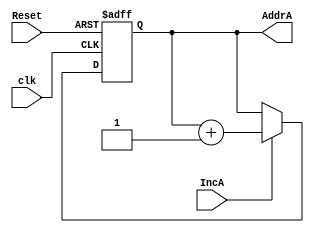
module CounterA (

output reg [2:0] AddrA,
input            IncA,
input            Reset,
input            clk
);

always @(posedge clk or posedge Reset)
begin
	if (Reset)
		 AddrA <= 3'b000;
	else if (IncA)
// the counter rolls over automatically
		 AddrA <= AddrA + 1;
	
end
endmodule